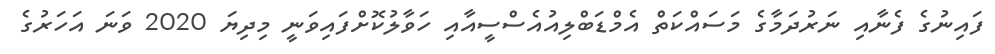
ފައިނުގެ ފެނާއި ނަރުދަމާގެ މަސައްކަތް އެމްޑަބްލިއުއެސްސީއާއި ހަވާލުކޮށްފައިވަނީ މިދިޔަ 2020 ވަނަ އަހަރުގެ